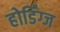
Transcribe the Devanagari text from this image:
होर्डिंग्ज